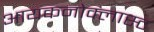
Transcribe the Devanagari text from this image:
आयकनोक्लास्ट